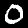
Digit: 0